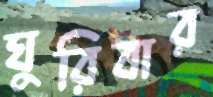
ঘুরিবার